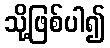
သို့ဖြစ်ပါ၍